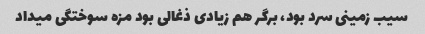
سیب زمینی سرد بود، برگر هم زیادی ذغالی بود مزه سوختگی میداد